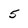
Character: 5